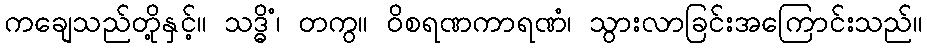
ကချေသည်တို့နှင့်။ သဒ္ဓိံ၊ တကွ။ ဝိစရဏကာရဏံ၊ သွားလာခြင်းအကြောင်းသည်။